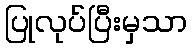
ပြုလုပ်ပြီးမှသာ